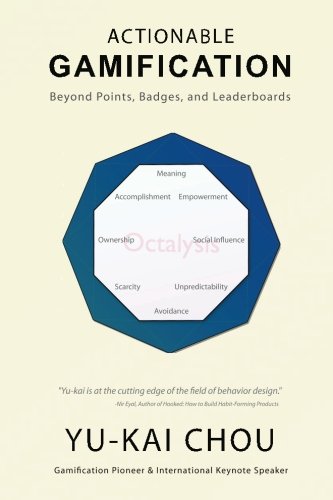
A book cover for Actionable Gamification - Beyond Points, Badges, and Leaderboards; Yu-kai Chou; Arts & Photography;